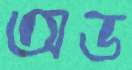
অড